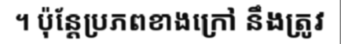
។ ប៉ុន្តែប្រភពខាងក្រៅ នឹងត្រូវ